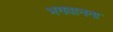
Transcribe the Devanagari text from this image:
भगवानना